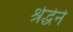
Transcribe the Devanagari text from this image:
श्रेद्धेने